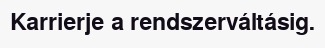
Karrierje a rendszerváltásig.